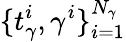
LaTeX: \{ t_{{\gamma}}^{i},{\gamma}^{i}\} _{i=1}^{N_{\gamma}}